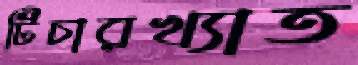
টিচারখ্যাত